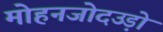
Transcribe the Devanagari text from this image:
मोहनजोदउड़ो